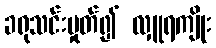
ခရုသင်းမှုတ်၍ လှူရကျိုး